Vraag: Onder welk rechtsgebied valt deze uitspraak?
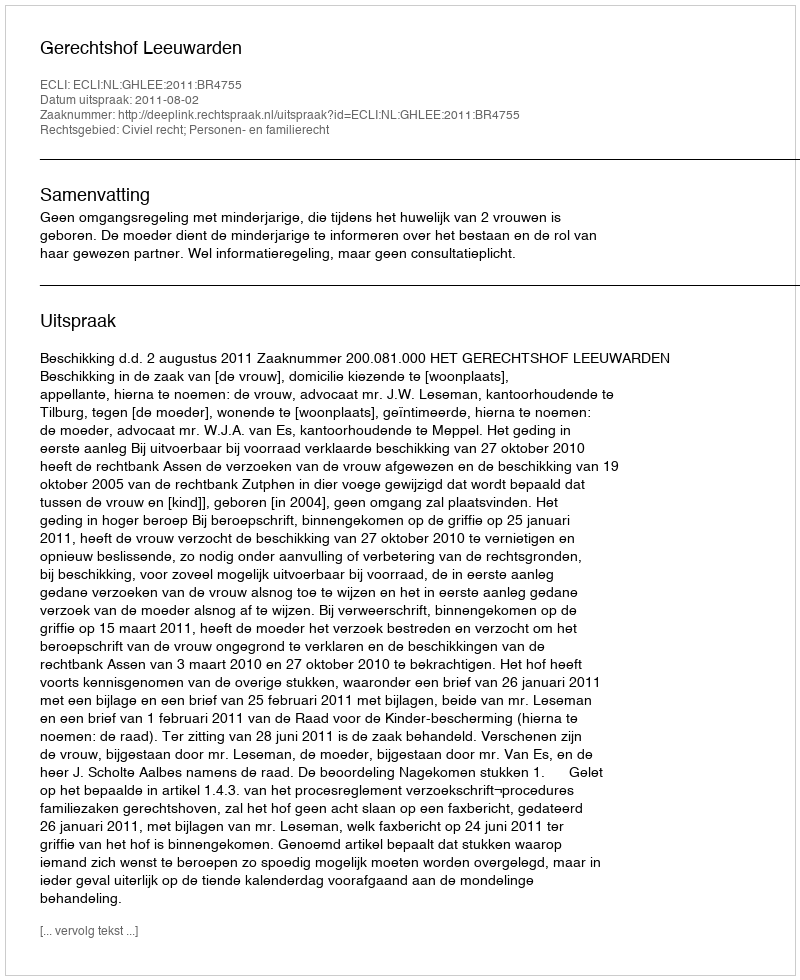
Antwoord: Civiel recht; Personen- en familierecht